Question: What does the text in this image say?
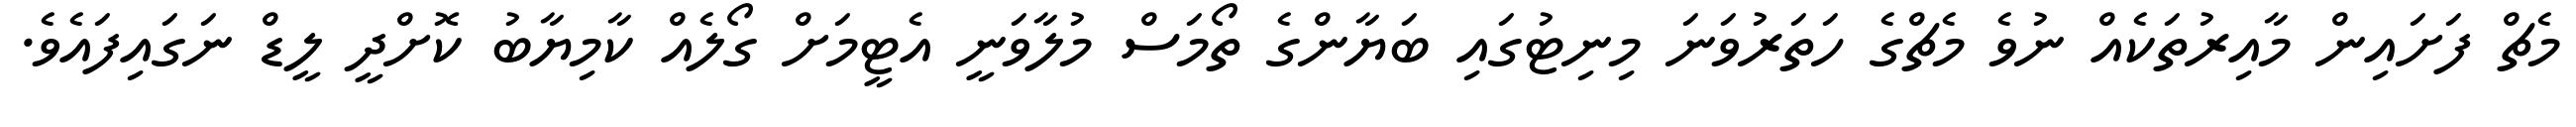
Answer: މެޗް ފަށައިން މާއިރުތަކެއް ނުވެ މެޗްގެ ހަތަރުވަނަ މިނިޓުގައި ބަޔާންގެ ތޯމަސް މުލާވަނީ އެޓީމަށް ގޯލެއް ކާމިޔާބު ކޮށްދީ ލީޑް ނަގައިފައެވެ.